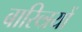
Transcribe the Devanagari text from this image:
बारिव्त्रयों